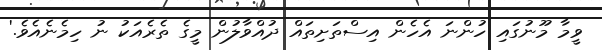
ވީމާ މޫނުގައި ހުންނަ އެހެން އިސްތަށިތައް ދުއްވާލުން މީގެ ތެރެއަކު ނު ހިމެނެއެވެ.'